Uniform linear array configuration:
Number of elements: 48
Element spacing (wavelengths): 0.5
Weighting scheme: exponential
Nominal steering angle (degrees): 30
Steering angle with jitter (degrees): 31.606
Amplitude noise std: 0.05
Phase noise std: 0.05

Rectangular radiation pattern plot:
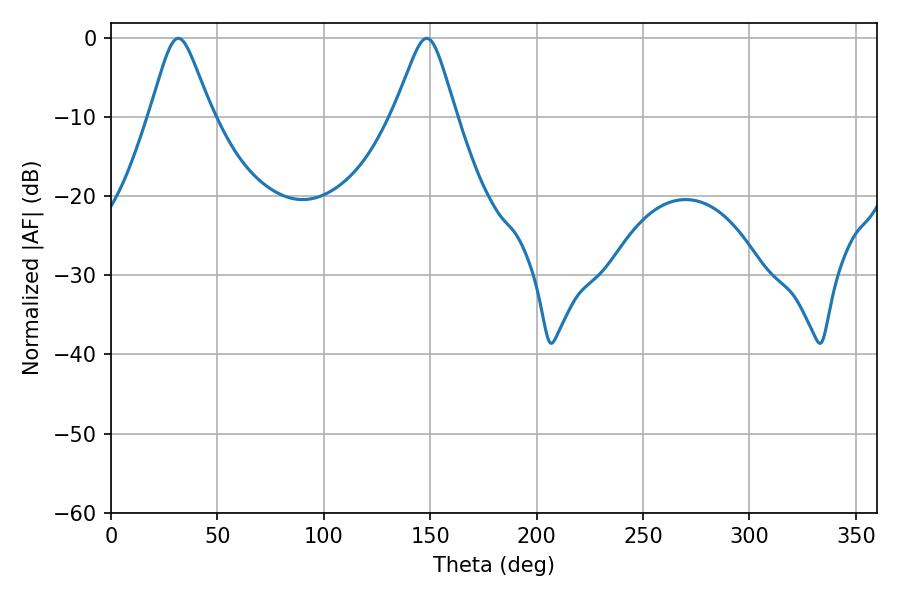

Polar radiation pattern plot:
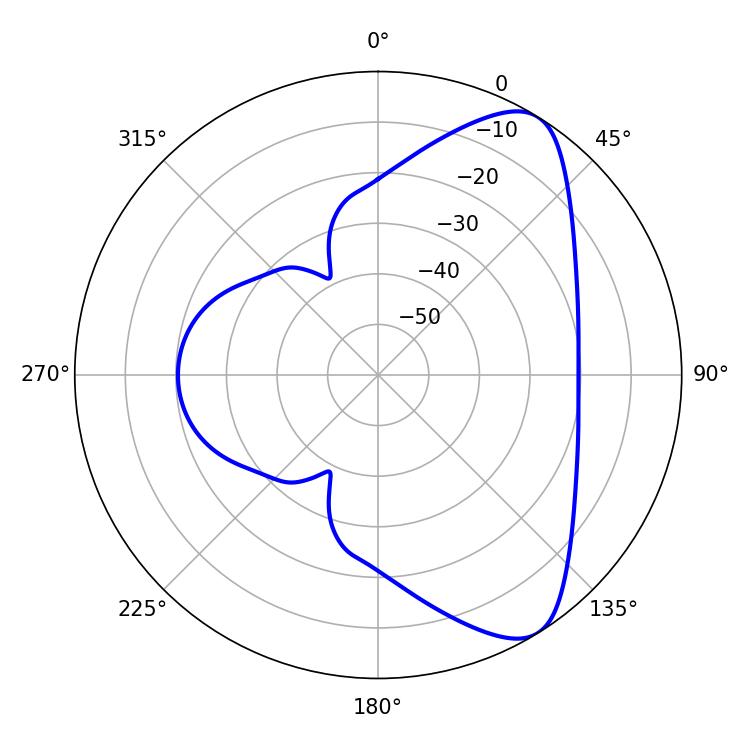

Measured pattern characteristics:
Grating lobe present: FALSE
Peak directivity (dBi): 7.938
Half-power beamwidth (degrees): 13.86
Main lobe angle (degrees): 31.68